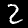
Digit: 2